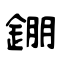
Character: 錋